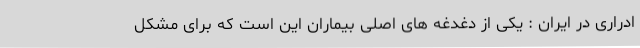
ادراری در ایران : یکی از دغدغه های اصلی بیماران این است که برای مشکل